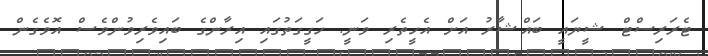
ޓެރަރިސްޓް ޝީޔައީ ބައްޝާރު އަށް އެހީތެރި ވަނީ. ހަގީގަތުގައި އިރާންގެ ބައިވެރިވުންވެސް އޮވެގެން